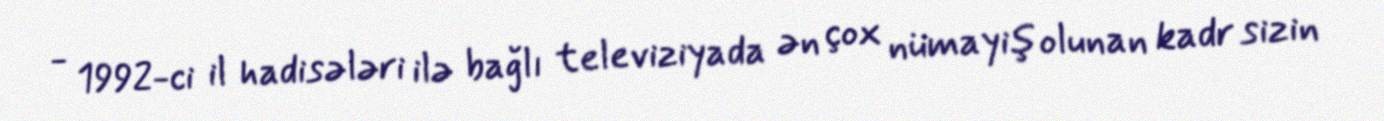
- 1992-ci il hadisələri ilə bağlı televiziyada ən çox nümayiş olunan kadr sizin